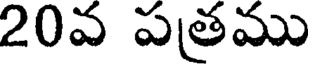
20వ పతము